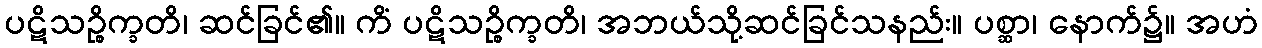
ပဋိသဉ္စိက္ခတိ၊ ဆင်ခြင်၏။ ကိံ ပဋိသဉ္စိက္ခတိ၊ အဘယ်သို့ဆင်ခြင်သနည်း။ ပစ္ဆာ၊ နောက်၌။ အဟံ